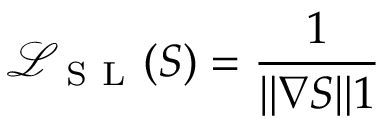
\mathcal { L } _ { \mathrm { ~ S ~ L ~ } } ( S ) = \frac { 1 } { \| \nabla S \| 1 }